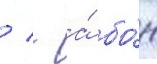
/ - а́ бо́н